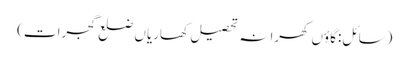
(سائل:گاؤں کھرانہ تحصیل کھاریاں ضلع گجرات)